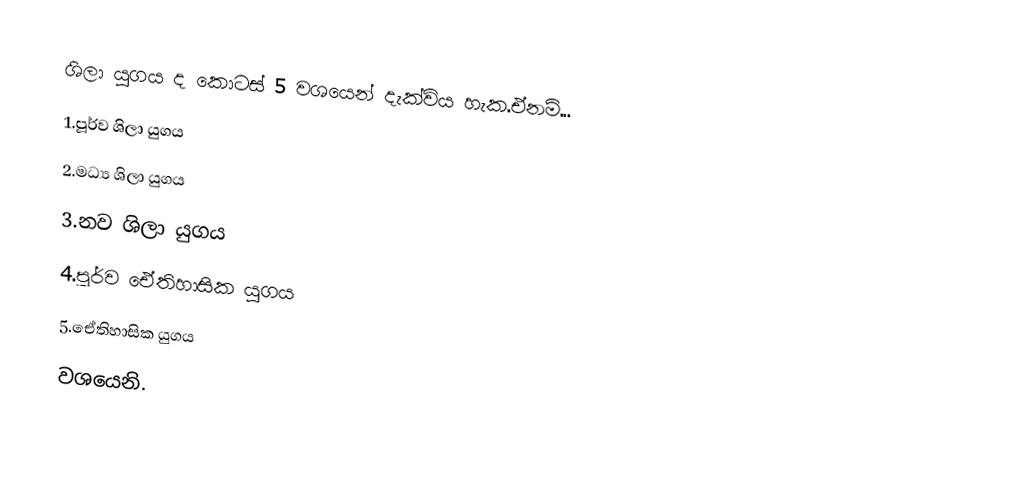
ශිලා යුගය ද කොටස් 5 වශයෙන් දැක්විය හැක.ඒනම්...
1.පූර්ව ශිලා යුගය
2.මධ්‍ය ශිලා යුගය
3.නව ශිලා යුගය
4.පූර්ව ඒෙතිහාසික යුගය
5.ඒෙතිහාසික යුගය
                වශයෙනි.